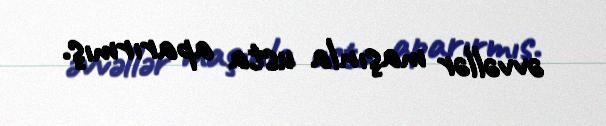
əvvəllər maşınla usta aparırmış.